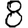
Digit: 8